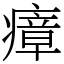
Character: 瘴